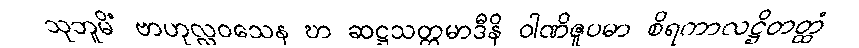
သုဘူမိံ ဗာဟုလ္လဝသေန ဎာ ဆဋ္ဌသတ္တမာဒီနိ ဝါဏိဇူပမာ စိရကာလဋ္ဌိတတ္ထံ